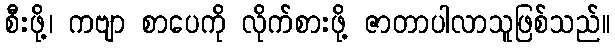
စီးဖို့၊ ကဗျာ စာပေကို လိုက်စားဖို့ ဇာတာပါလာသူဖြစ်သည်။